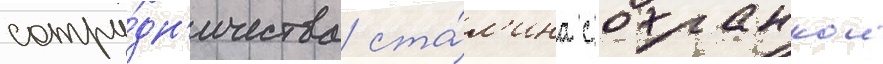
сотру́дн'ичества ста́л'ина с охранкои